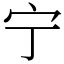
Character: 宁